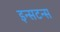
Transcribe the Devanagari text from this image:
इन्सटन्स